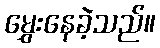
မွှေးနေခဲ့သည်။